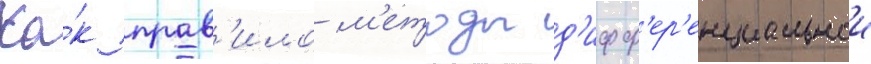
Ка́к прав'ило м'етоды д'ифф'ер'енциальнои